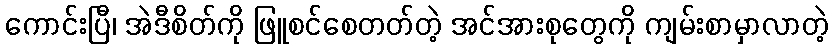
ကောင်းပြီ၊ အဲဒီစိတ်ကို ဖြူစင်စေတတ်တဲ့ အင်အားစုတွေကို ကျမ်းစာမှာလာတဲ့